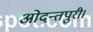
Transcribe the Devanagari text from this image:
ओदन्तपुरी।